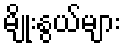
မျိုးနွယ်များ